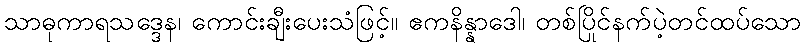
သာဓုကာရသဒ္ဒေန၊ ကောင်းချီးပေးသံဖြင့်။ ဧကနိန္နာဒေါ၊ တစ်ပြိုင်နက်ပဲ့တင်ထပ်သော